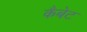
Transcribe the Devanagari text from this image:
कैबेट